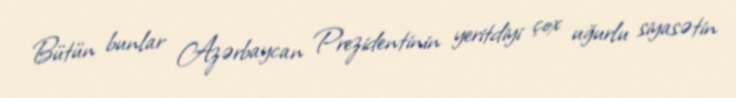
Bütün bunlar Azərbaycan Prezidentinin yeritdiyi çox uğurlu siyasətin